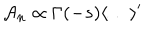
{ \cal A } _ { n } \propto \Gamma ( - s ) \langle \dots \rangle ^ { \prime }